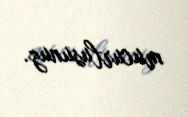
mucurlusunuz.